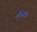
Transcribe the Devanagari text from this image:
४५४१३